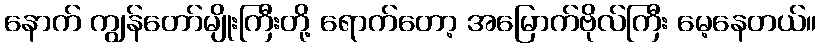
နောက် ကျွန်တော်မျိုးကြီးတို့ ရောက်တော့ အမြောက်ဗိုလ်ကြီး မေ့နေတယ်။